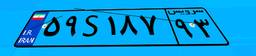
۹۱S۲۱۵۲۰